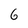
Character: 6